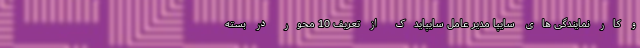
و کار نمایندگی های سایپا مدیر عامل سایپایدک از تعریف 10 محور در بسته